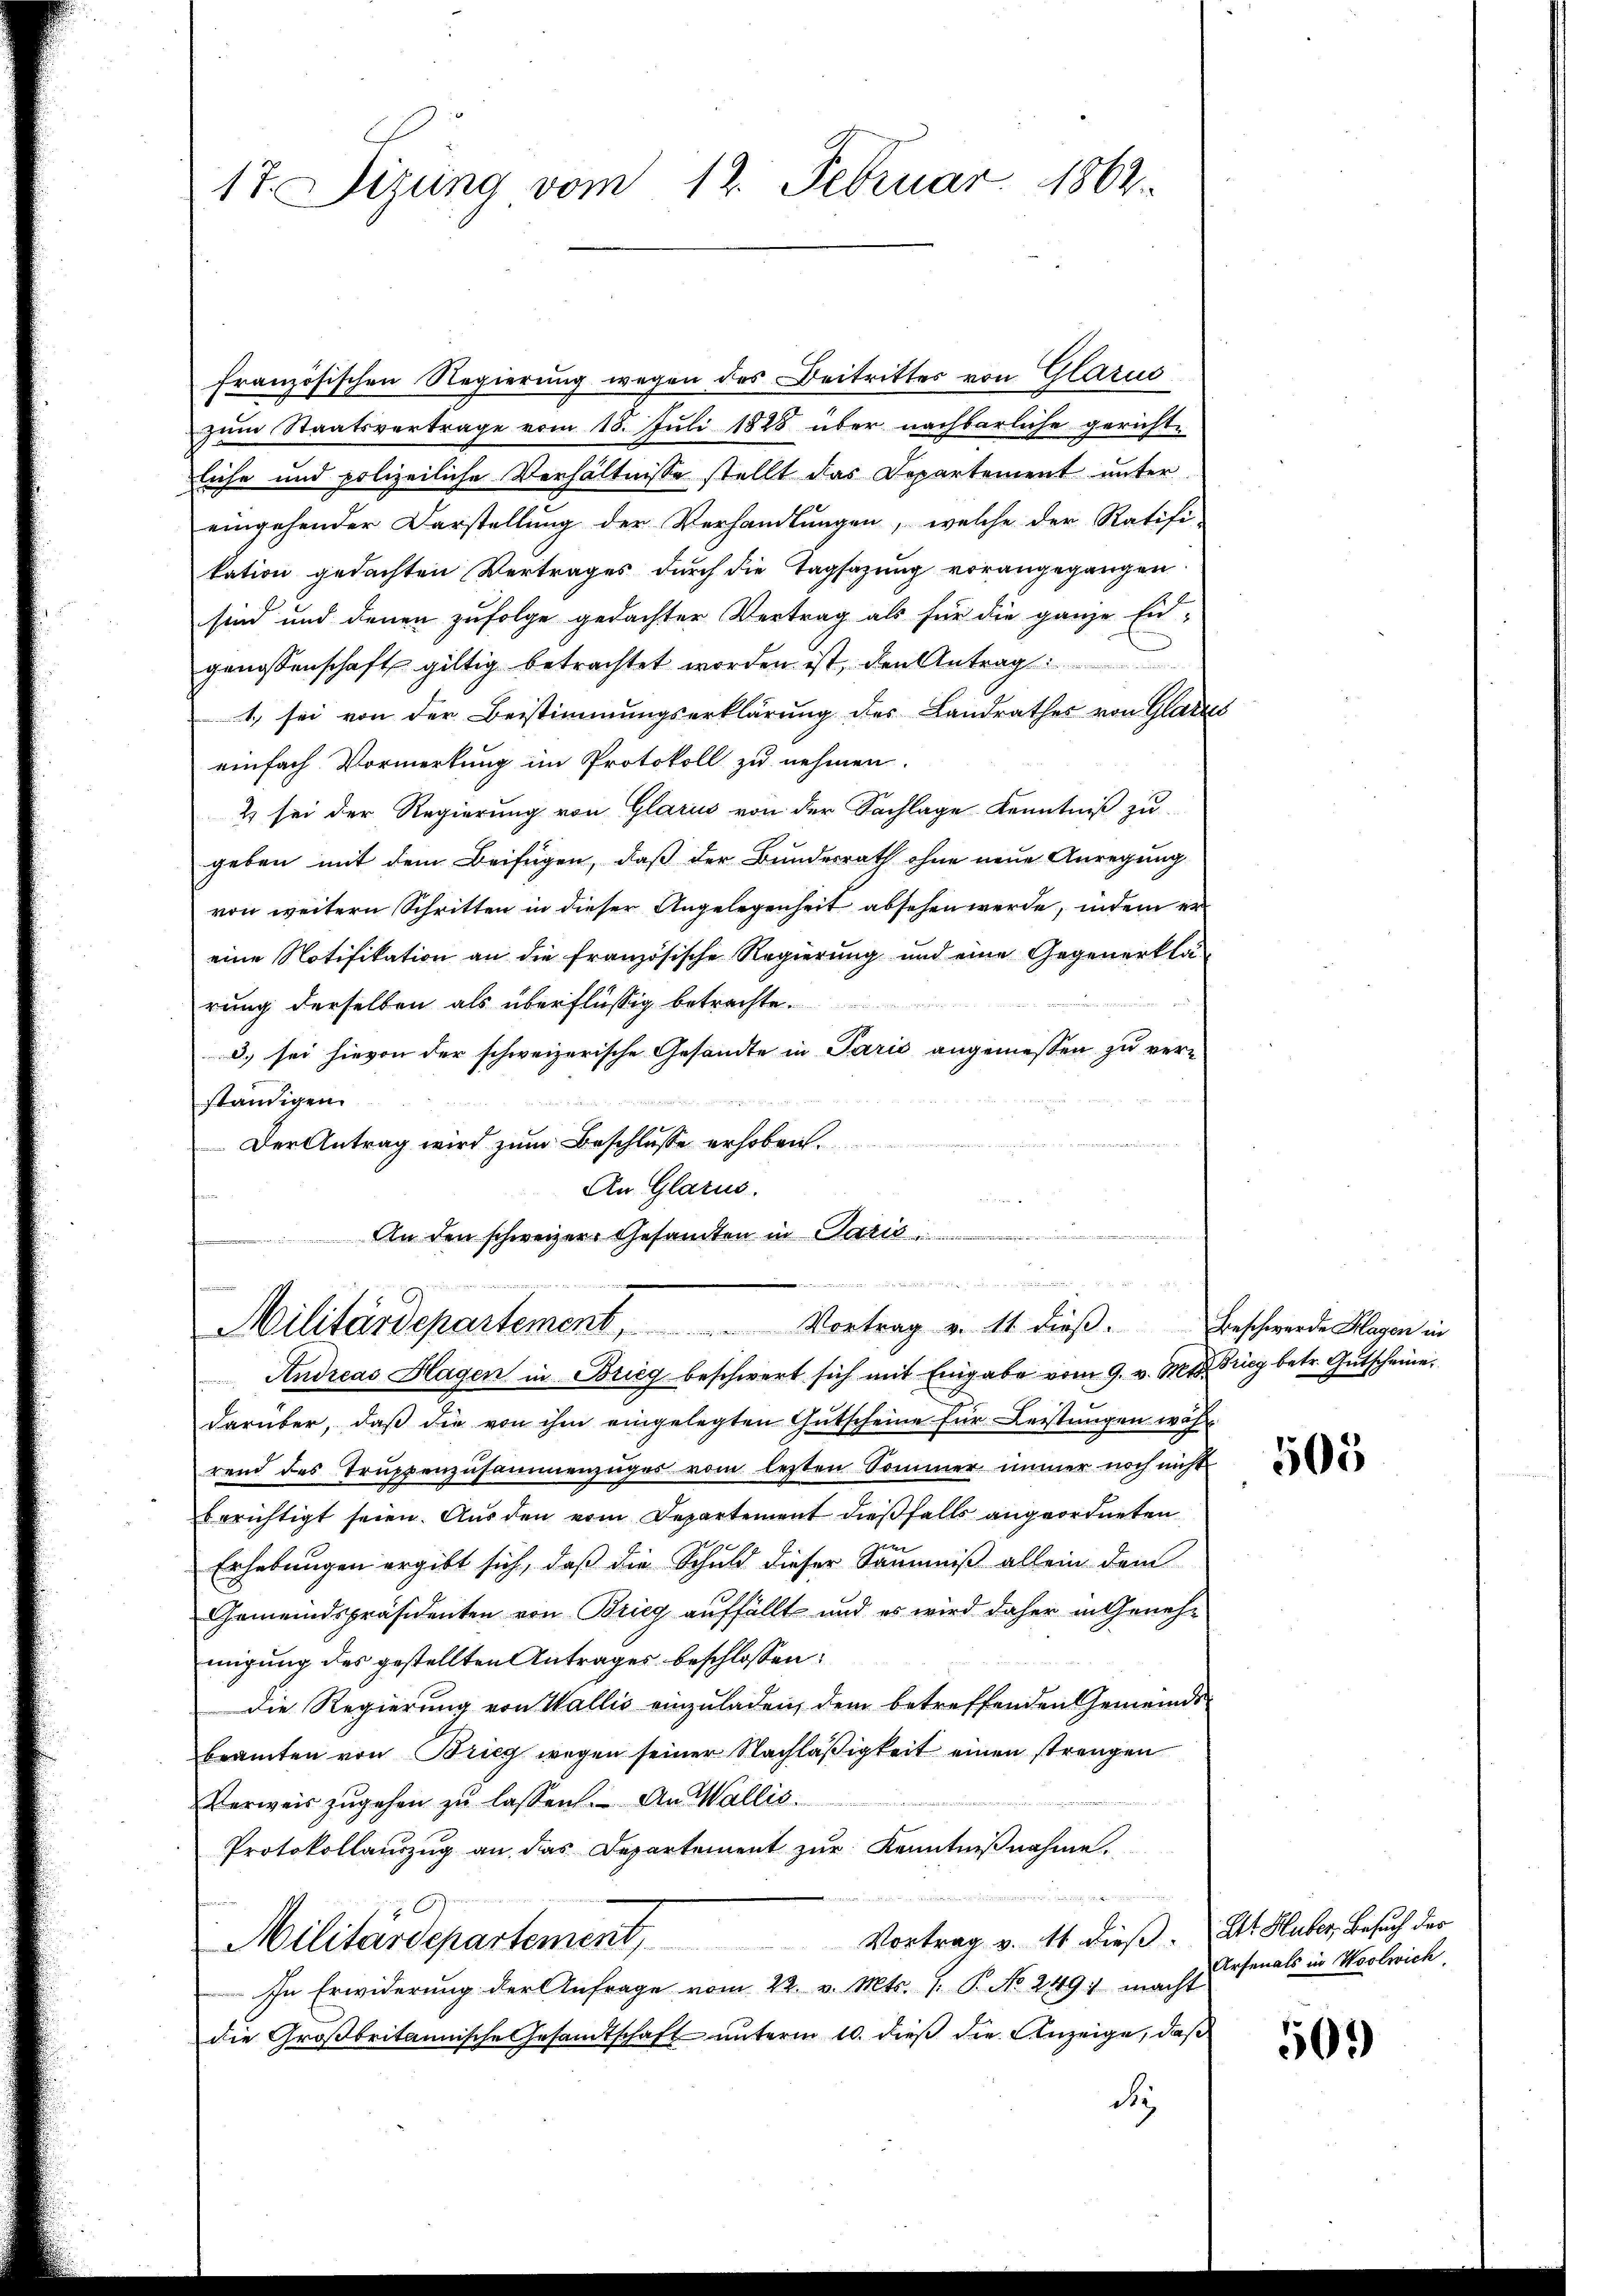
17. Sizung vom 12. Februar 1862.

französischen Regierung wegen des Beitrittes von Glarus
zum Staatsvertrage vom 18. Juli 1848 über nachbarliche gericht-
liche und polizeiliche Verhältnisse stellt das Departement unter
eingehender Darstellung der Verhandlungen, welche der Ratifi-
kation gedachten Vertrages durch die Tagsazung vorangegangen
sind und denen zufolge gedachter Vertrag als für die ganze Eid-
genossenschaft giltig betrachtet worden ist, den Antrag
1, sei von der Beistimmungserklärung des Landrathes von Glatzes
einfach Vormerkung im Protokoll zu nehmen.
2 sei der Regierung von Glarus von der Sachlage Kenntniß zu
geben mit dem Beifügen, daß der Bundesrath ohne neue Anregung
von weitern Schritten in dieser Angelegenheit absehen werde, indem er
eine Notifikation an die französische Regierung und eine Gegenerklä-
rung derselben als überflüssig betrachte
d. sei hievon der schweizerische Gesandte in Paris angemessen zu ver-
ständigen.
Der Antrag wird zum Beschlusse erhoben.
An Glarus.
An den schweizer Gesandten in Paris

Militärdepartement, Vortrag v. 14 dieβ. Beschwerde Klagen in
Andreas Hagen in Brieg beschwert sich mit Eingabe vom 9. v. Mts. Trieg betr. Gutscheine

darüber, daß die von ihm eingelegten Gutscheine für Leistungen während des Truppenzusammenzuges vom lezten Sommer immer noch nicht
berichtigt seien. Aus den vom Departement dießfalls angeordneten
Erhebungen ergibt sich, daß die Schuld dieser Säumniß allein dem
Gemeindspräsidenten von Brieg auffällt und es wird daher in Genehmigung des gestellten Antrages beschlossen:
Die Regierung von Wallis einzuladen, dem betreffenden Gemeinds-
beamten von Brieg wegen seiner Nachläßigkeit einen strengen
Verweis zugehen zu lassen. An Wallis.
Protokollauszug an das Departement zur Kenntnißnahme.

Militärdepartement. Vortrag v. 14 dieß. Als Huber, Besuch der
In Erwiderung der Anfrage vom 22. v. Mts. f. P. No 249: macht
die Großbritannische Gesandtschaft ŭnterm 10. dieβ der Anzeige, daß
de

505

Arsenals in Woolwich

509